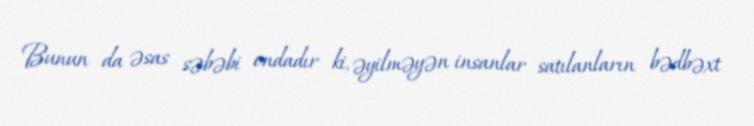
Bunun da əsas səbəbi ondadır ki, əyilməyən insanlar satılanların bədbəxt